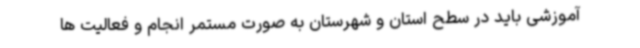
آموزشی باید در سطح استان و شهرستان به صورت مستمر انجام و فعالیت ها